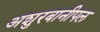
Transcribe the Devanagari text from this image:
अशुरबानीपल